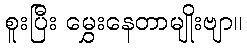
စူးပြီး မွှေးနေတာမျိုးဗျာ။